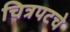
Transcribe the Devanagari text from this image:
चित्रपटचे